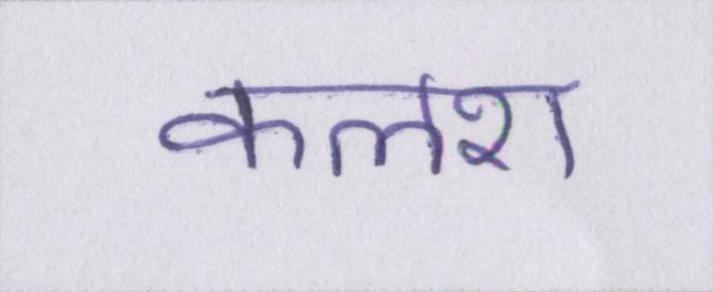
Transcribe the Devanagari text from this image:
कलश